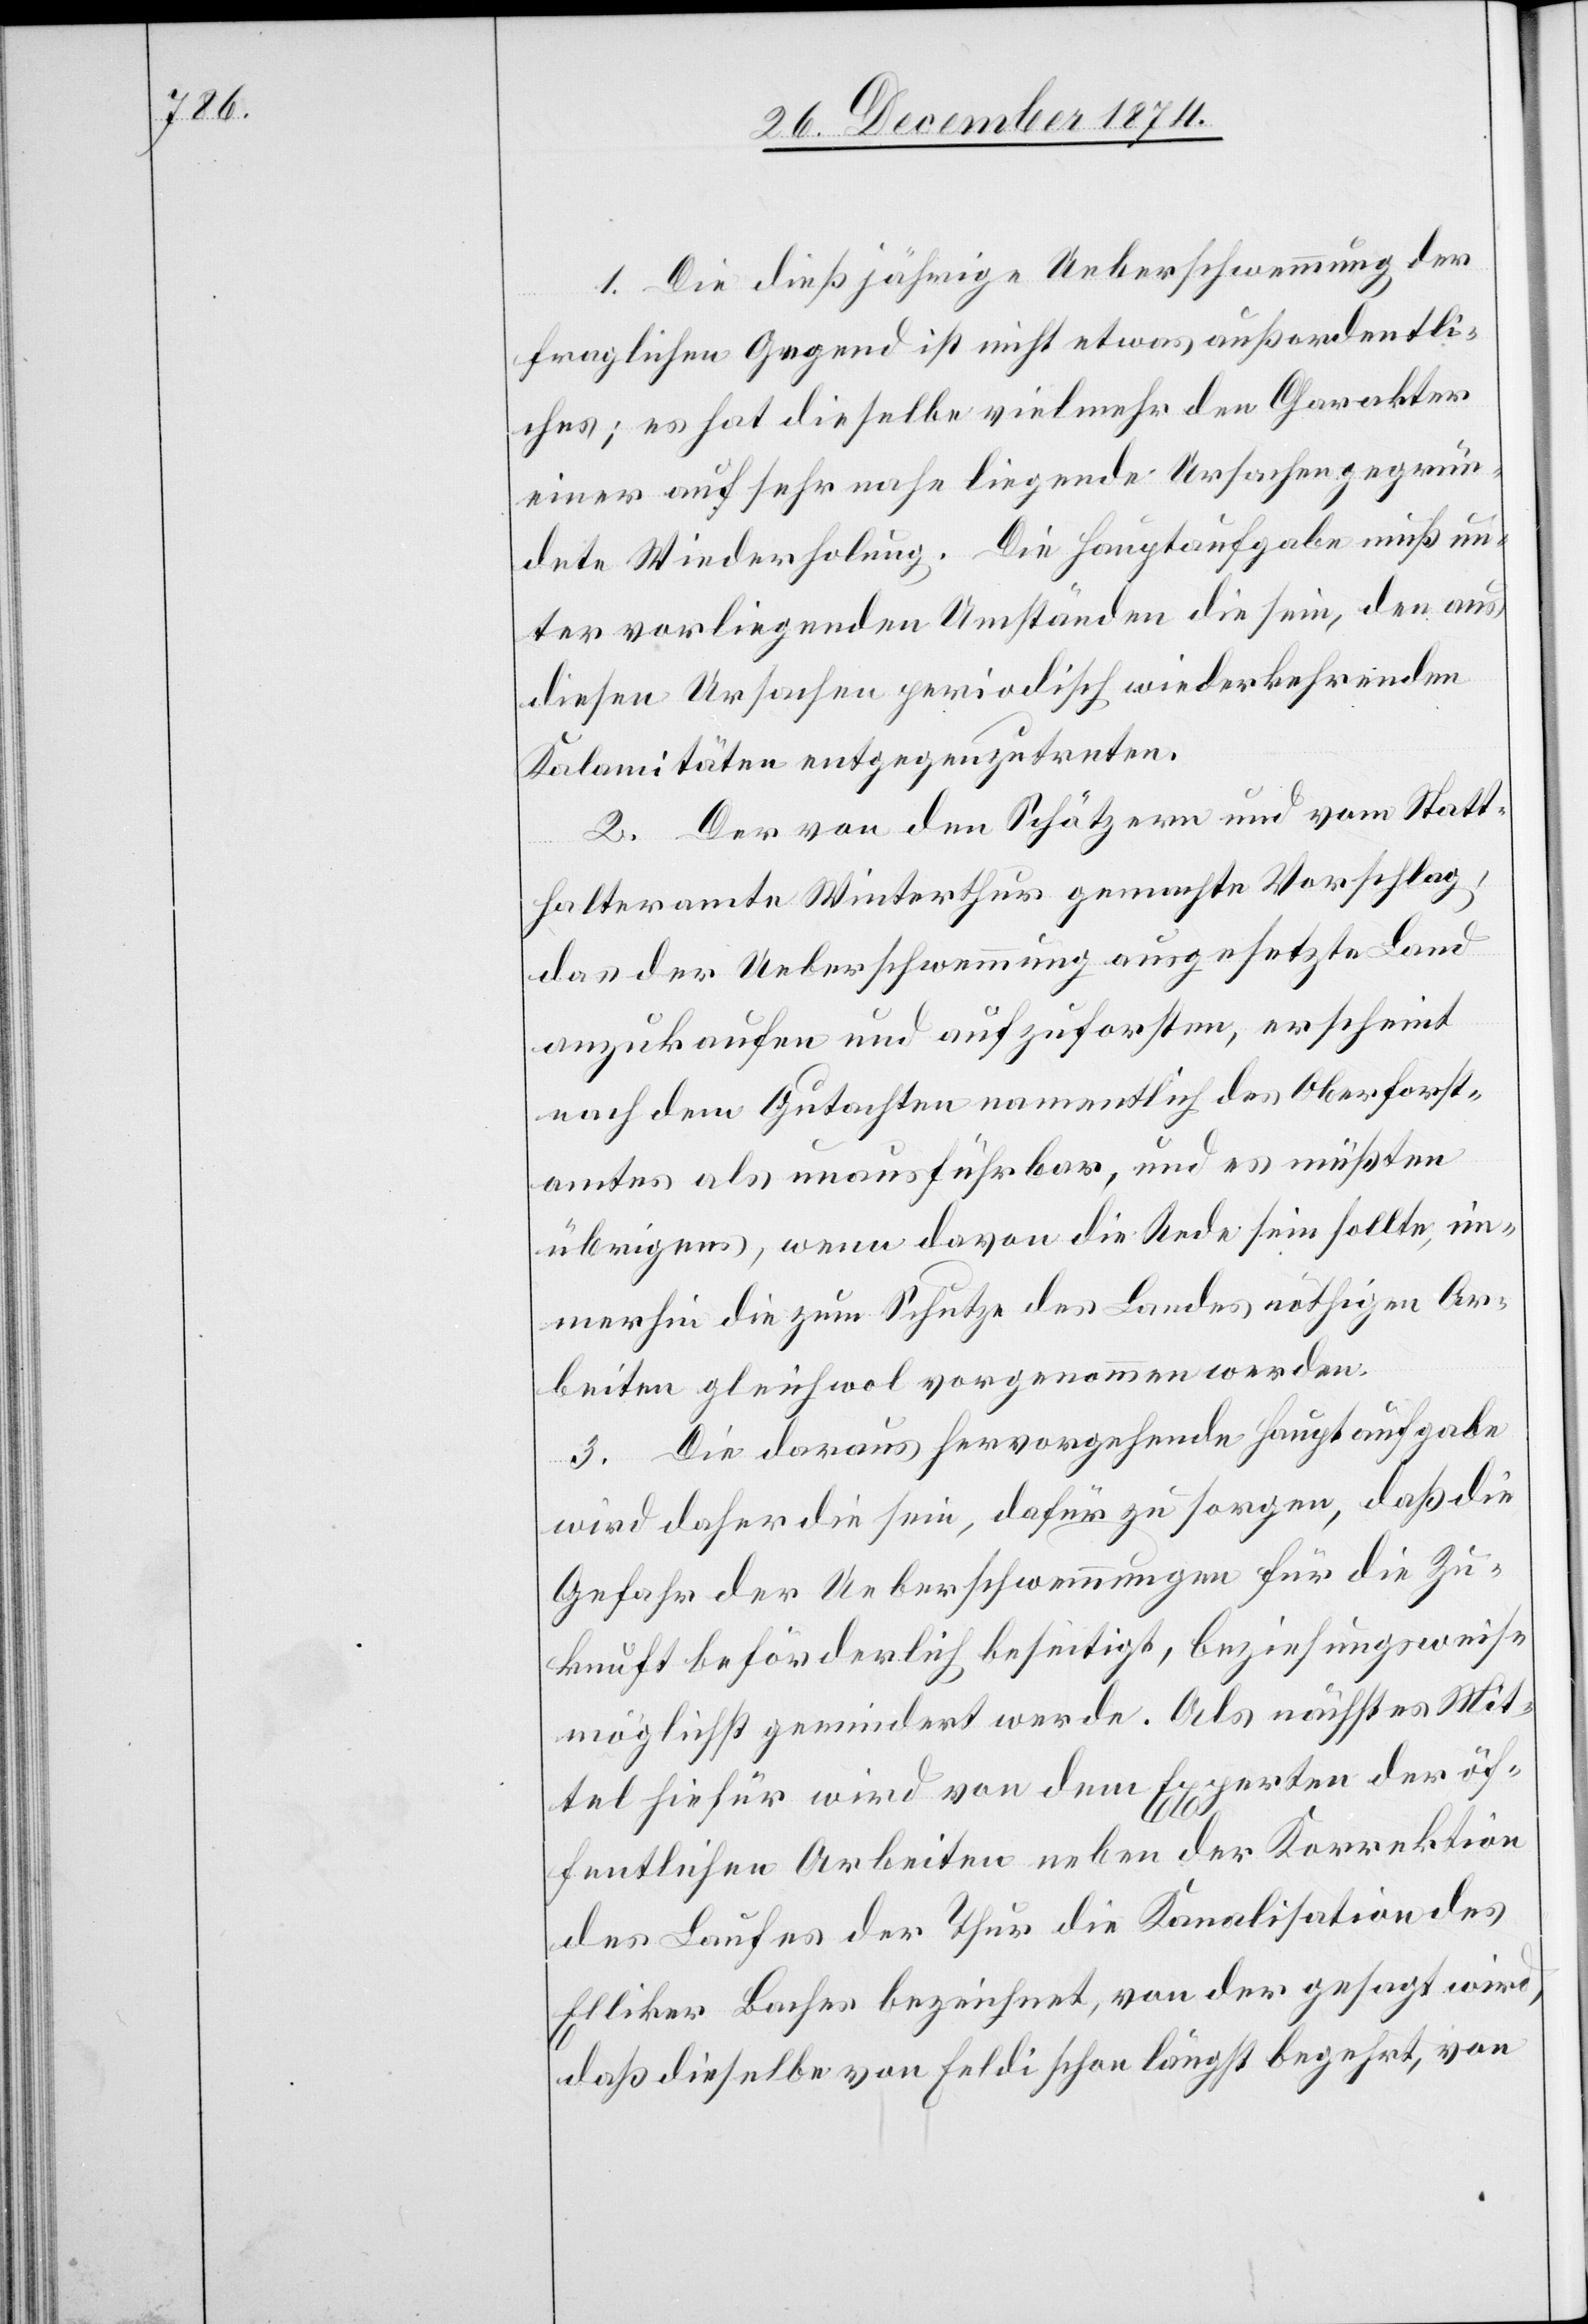
1. Die dießjährige Ueberschwemmung der
fraglichen Gegend ist nicht etwas außerordentli¬
ches; es hat dieselbe vielmehr den Charakter
einer auf sehr nahe liegenden Ursachen gegrün¬
dete Wiederholung. Die Hauptaufgabe muß un¬
ter vorligenden Umständen die sein, den aus
diesen Ursachen periodisch wiederkehrenden
Kalamitäten entgegenzutreten.
2. Der von den Schätzern und vom Statt¬
halteramte Winterthur gemachte Vorschlag,
das der Ueberschwemmung ausgesetzte Land
anzukaufen und aufzuforsten, erscheint
nach dem Gutachten namentlich des Oberforst¬
amtes als unausführbar, und es müßten
übrigens, wenn davon die Rede sein sollte, im¬
merhin die zum Schutze des Landes nöthigen Ar¬
beiten gleichwol vorgenommen werden.
3. Die daraus hervorgehende Hauptaufgabe
wird daher die sein, dafür zu sorgen, daß die
Gefahr der Ueberschwemmungen für die Zu¬
kunft beförderlich beseitigt, beziehungsweise
möglichst gemindert werde. Als nächstes Mit¬
tel hiefür wird von dem Experten der öf¬
fentlichen Arbeiten neben der Korrektion
des Laufes der Thur die Kanalisation des
Elliker Baches bezeichnet, von der gesagt wird,
daß dieselbe von Feldi längst begehrt, von